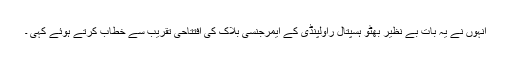
انہوں نے یہ بات بے نظیر بھٹو ہسپتال راولپنڈی کے ایمرجنسی بلاک کی افتتاحی تقریب سے خطاب کرتے ہوئے کہی ۔